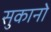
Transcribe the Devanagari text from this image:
सुकानो